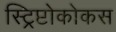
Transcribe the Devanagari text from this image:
स्ट्रिप्टोकोकस